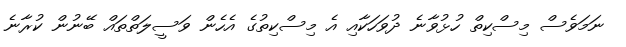
ނަމަވެސް މިސްކިތް ހުޅުވާނެ ދުވަހަކާއި އެ މިސްކިތުގެ އެހެން ވަސީލަތްތައް ބޭނުން ކުރާނެ